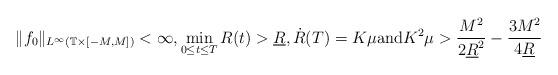
LaTeX: \begin{align*} \|f_0 \|_{L^{\infty}(\mathbb T \times [-M, M])} < \infty, \min_{0 \leq t \leq T} R(t) > \underline{R}, \dot{R}(T)=K \mu \mbox{and} K^2 \mu > \frac{M^2}{2\underline R^2} - \frac{3M^2}{4\underline R}\end{align*}